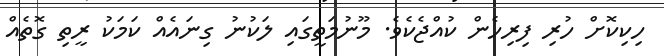
ހިކިކޮށް ހުރި ފިރިހެން ކުއްޖެކެވެ. މޫނުމަތީގައި ލަކުނު ގިނައެއް ކަމަކު ރީތި ގޮތެއް